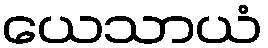
ယေသာယံ